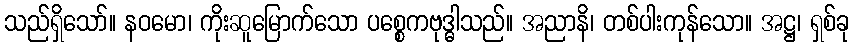
သည်ရှိသော်။ နဝမော၊ ကိုးဆူမြောက်သော ပစ္စေကဗုဒ္ဓါသည်။ အညာနိ၊ တစ်ပါးကုန်သော။ အဋ္ဌ၊ ရှစ်ခု